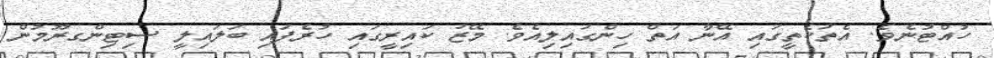
ހުއްޓުނެވެ. އެތަކެތީގައި އޭނާ އަތް ހިންގައިލިއެވެ. މޭޒު ކައިރީގައި ހުރެފައި ބަލައިލީ ސިޓިންގރޫމުން